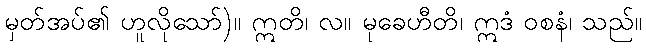
မှတ်အပ်၏ ဟူလိုသော်)။ ဣတိ၊ လ။ မုခေဟီတိ၊ ဣဒံ ဝစနံ၊ သည်။